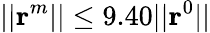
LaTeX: ||\textrm{\textbf{r}}^{m}||\leq 9.40||\textrm{\textbf{r}}^{0}||